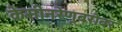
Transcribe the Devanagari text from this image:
केसीनरेणूबरोबर